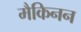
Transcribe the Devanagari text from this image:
मैकिनन